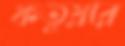
ফতুয়ার